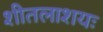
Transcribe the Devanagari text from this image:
शीतलाशयः